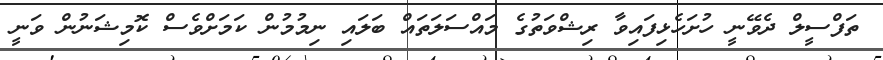
ތަފްސީލް ދެވޭނީ ހުށަހެޅިފައިވާ ރިޝްވަތުގެ މައްސަލަތައް ބަލައި ނިމުމުން ކަމަށްވެސް ކޮމިޝަނުން ވަނީ